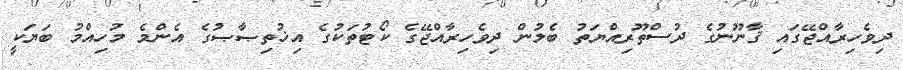
ދިވެހިރާއްޖޭގައި ޤާނޫނުގެ ދުސްތޫރިއްޔަތު ބެލުން ދިވެހިރާއްޖޭގެ ކޯޓުތަކުގެ އިޚުތިޞާޞުގެ އެންމެ މުހިއްމު ބަޔަކީ